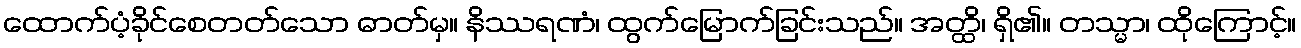
ထောက်ပံ့ခိုင်စေတတ်သော ဓာတ်မှ။ နိဿရဏံ၊ ထွက်မြောက်ခြင်းသည်။ အတ္ထိ၊ ရှိ၏။ တသ္မာ၊ ထိုကြောင့်။